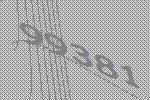
99381